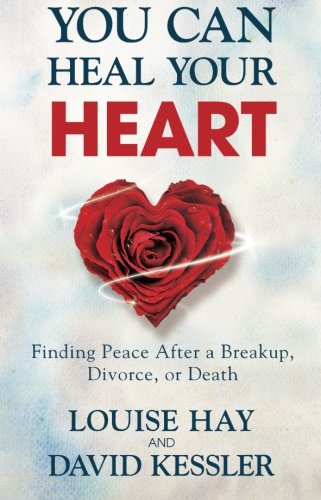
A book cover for You Can Heal Your Heart: Finding Peace After a Breakup, Divorce, or Death; Louise L. Hay; Self-Help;